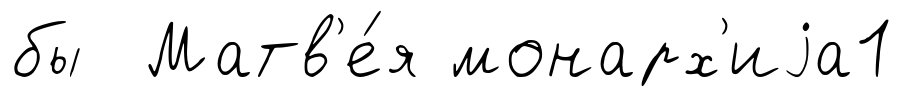
бы Матв'е́я монарх'иjа1